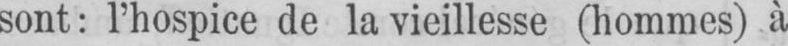
sont: l’hospice de la vieillesse (hommes) à